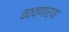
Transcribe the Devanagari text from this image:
वठवणार्‍या